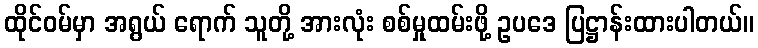
ထိုင်ဝမ်မှာ အရွယ် ရောက် သူတို့ အားလုံး စစ်မှုထမ်းဖို့ ဥပဒေ ပြဋ္ဌာန်းထားပါတယ်။